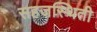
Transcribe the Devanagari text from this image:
सहजस्थिती